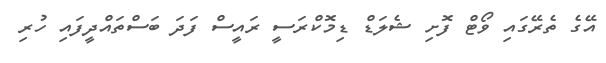
އޭގެ ތެރޭގައި ވޯޓް ފޮށި ޝެލަޑް ޑިމޮކްރަސީ ރައީސް ފަދަ ބަސްތައްދީފައި ހުރި